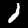
Digit: 1